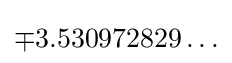
\mp 3.530972829\ldots